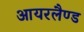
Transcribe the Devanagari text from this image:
आयरलैण्‍ड